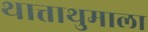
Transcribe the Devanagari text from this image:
थात्ताथुमाला